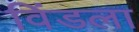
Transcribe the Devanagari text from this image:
विंडला